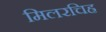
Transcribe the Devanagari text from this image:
मिलरचिह्र